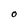
Character: 0